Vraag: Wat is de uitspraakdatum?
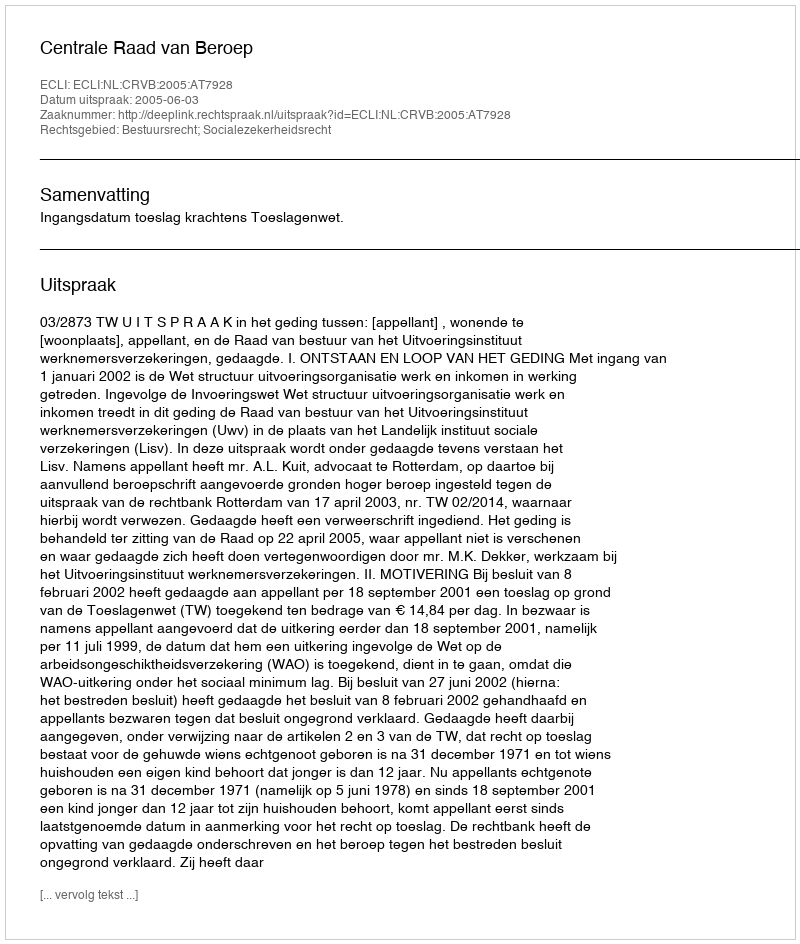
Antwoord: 2005-06-03